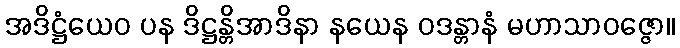
အဒိဋ္ဌံယေဝ ပန ဒိဋ္ဌန္တိအာဒိနာ နယေန ဝဒန္တာနံ မဟာသာဝဇ္ဇော။